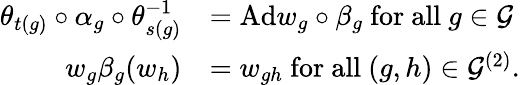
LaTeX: \begin{array}{rl}{\theta_{t(g)}\circ\alpha_{g}\circ\theta_{s(g)}^{-1}}&{=\mathrm{Ad}w_{g}\circ\beta_{g}\mathrm{~for~all~}g\in\mathcal{G}}\\ {w_{g}\beta_{g}(w_{h})}&{=w_{gh}\mathrm{~for~all~}(g,h)\in\mathcal{G}^{(2)}.}\end{array}